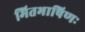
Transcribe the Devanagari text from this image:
मितभाषिणः